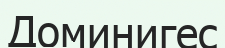
Доминигес